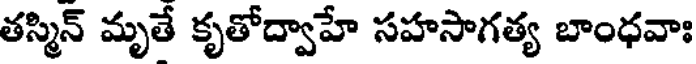
తస్మిన్ మృతే కృతోద్వాహే సహసాగత్య బాంధవాః